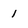
Character: 1